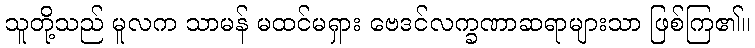
သူတို့သည် မူလက သာမန် မထင်မရှား ဗေဒင်လက္ခဏာဆရာများသာ ဖြစ်ကြ၏။